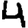
Digit: 4